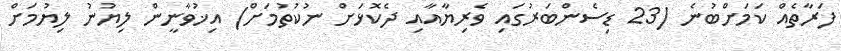
ފަރާތެއް ކަމަށްބުނެ (23 ޑިސެންބަރުގައި ވެރިޔާއާއި ދެކޮޅަށް ނުކުތުމަށް) އިޚުވާނީން ލިޔުނު ލިޔުމަށް